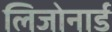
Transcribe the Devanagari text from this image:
लिजोनार्ड